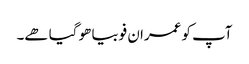
آپ کو عمران فوبیا ھو گیا ھے۔